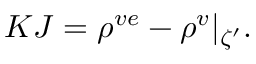
K J = \rho ^ { v e } - \rho ^ { v } \vert _ { \zeta ^ { \prime } } .